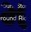
મ